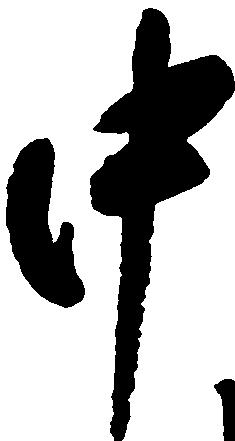
中